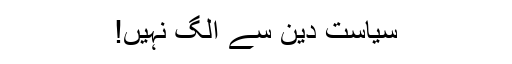
سیاست دین سے الگ نہیں!